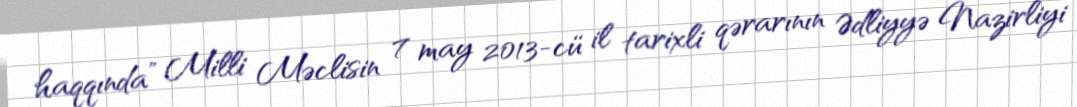
haqqında” Milli Məclisin 7 may 2013-cü il tarixli qərarının Ədliyyə Nazirliyi